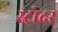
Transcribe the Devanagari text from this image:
स्ट्रोदर